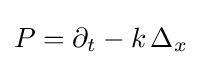
P=\partial _{t}-k\,\Delta _{x}